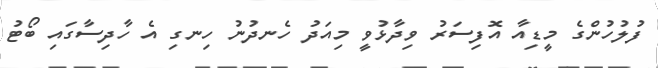
ފުލުހުންގެ މީޑިއާ އޮފިސަރު ވިދާޅުވީ މިއަދު ހެނދުނު ހިނގި އެ ހާދިސާގައި ބޯޓު